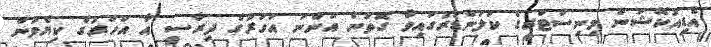
އެޑިއުކޭޝަން މިނިސްޓްރީގެ ކަލަންޑަރުގައިވާ ގޮތުން އަންނަ އަހަރުގެ ދިރާސީ އާ އަހަރުގެ ކިޔެވުން